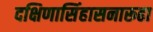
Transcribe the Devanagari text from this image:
दक्षिणासिंहासनारूढा